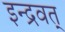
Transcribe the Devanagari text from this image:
इन्द्रवत्